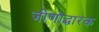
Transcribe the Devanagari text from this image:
जीणोद्धारक